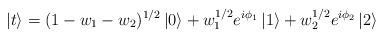
LaTeX: \begin{align*}\left| t \right> = (1 - w_{1} -w_{2})^{1/2} \left| 0 \right> + w_{1}^{1/2}e^{i \phi_{1} } \left| 1 \right> + w_{2}^{1/2} e^{i \phi_{2} }\left| 2 \right>\end{align*}